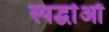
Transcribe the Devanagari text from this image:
स्पर्द्धाओं